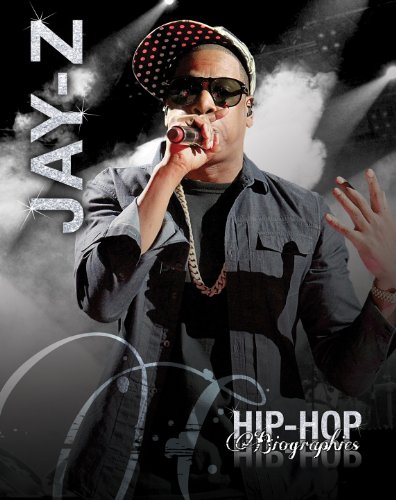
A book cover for Jay-Z (Hip-Hop Biographies); Saddleback Educational Publishing; Teen & Young Adult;